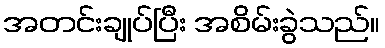
အတင်းချုပ်ပြီး အစိမ်းခွဲသည်။